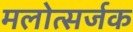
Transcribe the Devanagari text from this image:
मलोत्सर्जक